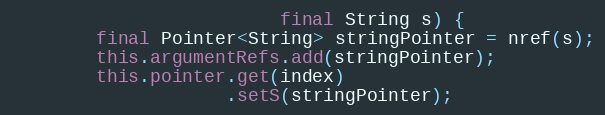
Language: Java
                         final String s) {
        final Pointer<String> stringPointer = nref(s);
        this.argumentRefs.add(stringPointer);
        this.pointer.get(index)
                    .setS(stringPointer);